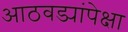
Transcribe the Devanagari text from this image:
आठवड्यांपेक्षा